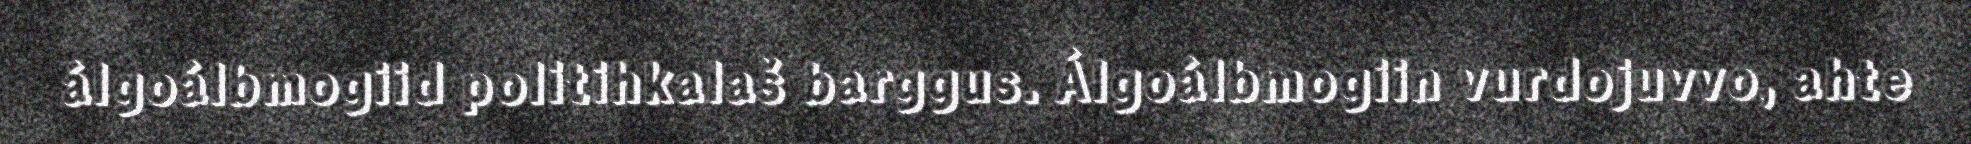
álgoálbmogiid politihkalaš barggus. Álgoálbmogiin vurdojuvvo, ahte